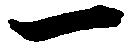
一